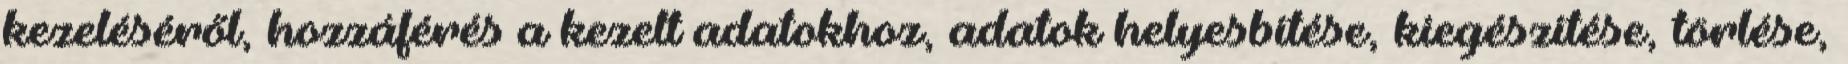
kezeléséről, hozzáférés a kezelt adatokhoz, adatok helyesbítése, kiegészítése, törlése,